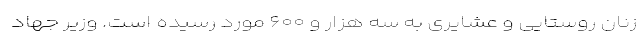
زنان روستایی و عشایری به سه هزار و ۶۰۰ مورد رسیده است. وزیر جهاد